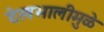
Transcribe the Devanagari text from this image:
देखभालीमुळे